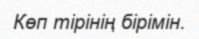
Көп тірінің бірімін.